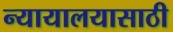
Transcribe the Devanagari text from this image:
न्यायालयासाठी